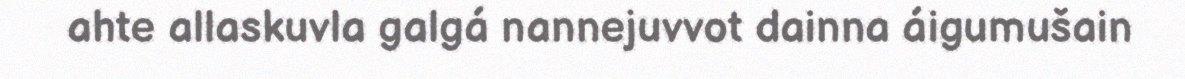
ahte allaskuvla galgá nannejuvvot dainna áigumušain